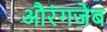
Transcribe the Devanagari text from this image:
अौरंगजेब